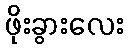
ဖိုးခွားလေး